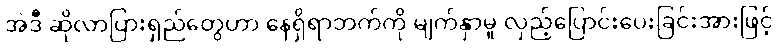
အဲဒီ ဆိုလာပြားရှည်တွေဟာ နေရှိရာဘက်ကို မျက်နှာမူ လှည့်ပြောင်းပေးခြင်းအားဖြင့်